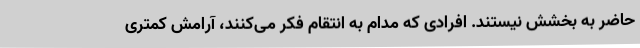
حاضر به بخشش نیستند. افرادی که مدام به انتقام فکر می‌کنند، آرامش کمتری